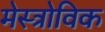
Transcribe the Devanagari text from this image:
मेस्त्रोविक